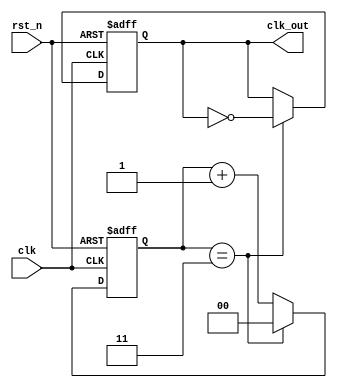
module freq_divider_counter #(
    parameter DIV_FACTOR = 4  // Default division factor (can be configured)
)(
    input wire clk,           // Input clock signal
    input wire rst_n,         // Asynchronous reset (active low)
    output reg clk_out        // Output divided clock signal
);

    // Internal counter to keep track of clock cycles
    reg [$clog2(DIV_FACTOR)-1:0] counter;  // Counter width based on division factor

    // Initial state of the output clock and counter
    initial begin
        clk_out = 1'b0;
        counter = 0;
    end

    always @(posedge clk or negedge rst_n) begin
        if (!rst_n) begin
            // Asynchronous reset logic
            counter <= 0;
            clk_out <= 1'b0; // Define initial state of output clock
        end else begin
            // Counting logic
            if (counter == DIV_FACTOR - 1) begin
                counter <= 0;        // Reset counter
                clk_out <= ~clk_out; // Toggle output clock
            end else begin
                counter <= counter + 1; // Increment counter
            end
        end
    end

endmodule